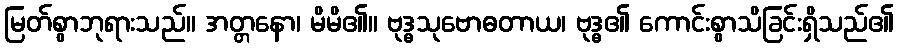
မြတ်စွာဘုရားသည်။ အတ္တနော၊ မိမိ၏။ ဗုဒ္ဓသုဗောဓတာယ၊ ဗုဒ္ဓ၏ ကောင်းစွာသိခြင်းရှိသည်၏